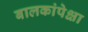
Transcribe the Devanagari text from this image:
बालकांपेक्षा